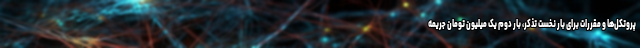
پروتکل‌ها و مقررات برای بار نخست تذکر، بار دوم یک میلیون تومان جریمه